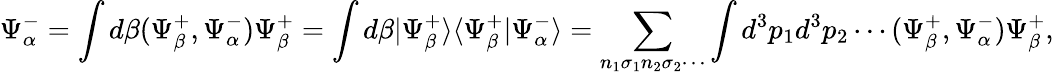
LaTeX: \Psi_{\alpha}^{-}=\int d\beta(\Psi_{\beta}^{+},\Psi_{\alpha}^{-})\Psi_{\beta}^{+}=\int d\beta|\Psi_{\beta}^{+}\rangle\langle\Psi_{\beta}^{+}|\Psi_{\alpha}^{-}\rangle=\sum_{n_{1}\sigma_{1}n_{2}\sigma_{2}\cdots}\int d^{3}p_{1}d^{3}p_{2}\cdots(\Psi_{\beta}^{+},\Psi_{\alpha}^{-})\Psi_{\beta}^{+},